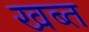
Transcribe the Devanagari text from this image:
खब्त